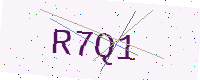
Text: R7Q1